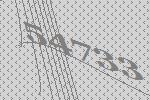
54733